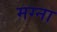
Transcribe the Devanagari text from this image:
मग्ना